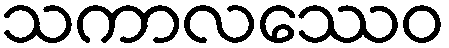
သကာလဿေဝ